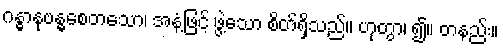
ဂန္ဓာနုဗန္ဓစေတသော၊ အနံ့ဖြင့် ဖွဲ့သော စိတ်ရှိသည်။ ဟုတွာ၊ ၍။ တနည်း။